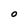
Character: O